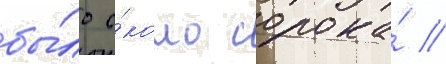
бы́ло о́коло сорока́ //